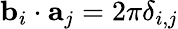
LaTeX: {\mathbf b}_{i}\cdot{\mathbf a}_{j}=2\pi\delta_{i,j}